Senior Leaving Certificate Examination (including Day School Certificate (Higher) General paper), 1948
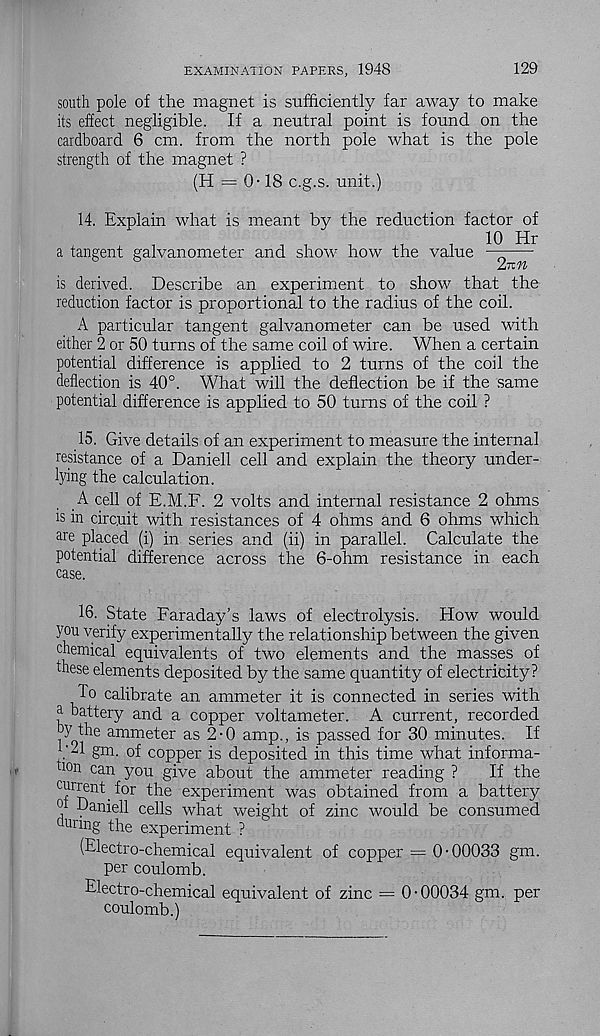
EXAMINATION PAPERS, 1948
129
south pole of the magnet is sufficiently far away to make
its effect negligible. If a neutral point is found on the
cardboard 6 cm. from the north pole what is the pole
strength of the magnet ?
(H = 0 -18 c.g.s. unit.)
14. Explain what is meant by the reduction factor of
1
1
,
1
^
,
10 Hr
a tangent galvanometer and show how the value —-—•
Inn
is derived. Describe an experiment to show that the
reduction factor is proportional to the radius of the coil.
A particular tangent galvanometer can be used with
either 2 or 50 turns of the same coil of wire. When a certain
potential difference is applied to 2 turns of the coil the
deflection is 40°. What will the deflection be if the same
potential difference is applied to 50 turns of the coil ?
15. Give details of an experiment to measure the internal
resistance of a Daniell cell and explain the theory under-
lying the calculation.
A cell of E.M.F. 2 volts and internal resistance 2 ohms
is in circuit with resistances of 4 ohms and 6 ohms which
are placed (i) in series and (ii) in parallel. Calculate the
potential difference across the 6-ohm resistance in each
case.
16. State Faraday’s laws of electrolysis. How would
you verify experimentally the relationship between the given
chemical equivalents of two elements and the masses of
these elements deposited by the same quantity of electricity ?
To calibrate an ammeter it is connected in series with
a battery and a copper voltameter. A current, recorded
by the ammeter as 2-0 amp., is passed for 30 minutes. If
:. 1 gm. of copper is deposited in this time what informa-
tion can you give about the ammeter reading ?
If the
t for the experiment was obtained from a battery
o Daniell cells what weight of zinc would be consumed
Ull ng the experiment ?
(Electro-chemical equivalent of copper = 0-00033 gm.
per coulomb.
Electro-chemical equivalent of zinc = 0-00034 gm. per
coulomb.)